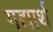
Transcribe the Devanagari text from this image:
गद्यार्थ